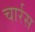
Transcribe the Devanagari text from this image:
चार्रस